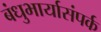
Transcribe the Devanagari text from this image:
बंधुभार्यासंपर्क